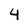
Character: 4